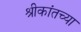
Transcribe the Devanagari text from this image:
श्रीकांतच्या